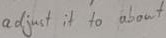
Text: Adjust it to about